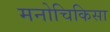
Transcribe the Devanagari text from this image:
मनोचिकिसा